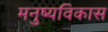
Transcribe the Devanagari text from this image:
मनुष्यविकास